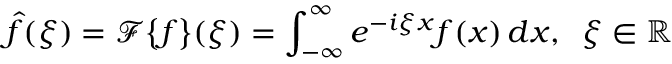
\hat { f } ( \xi ) = \mathcal { F } \big \{ f \big \} ( \xi ) = \int _ { - \infty } ^ { \infty } e ^ { - i \xi x } f ( x ) \, d x , \; \; \xi \in \mathbb { R }